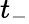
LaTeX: t_{-}